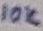
Text: 10K